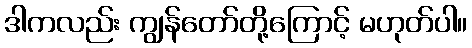
ဒါကလည်း ကျွန်တော်တို့ကြောင့် မဟုတ်ပါ။